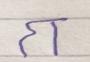
Signature authenticity: forged